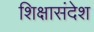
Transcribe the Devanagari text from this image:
शिक्षासंदेश